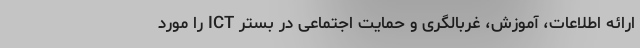
ارائه اطلاعات، آموزش، غربالگری و حمایت اجتماعی در بستر ICT را مورد